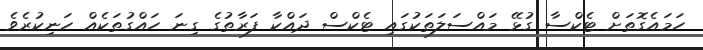
ހަމައެގޮތަށް ޓެކްސާ ގުޅޭ މައްސަލަތަކުގައި ޓެކްސް ދައްކާ ފަރާތުގެ ގިނަ ހައްގުތަކެއް ހަނިކުރެވެ